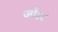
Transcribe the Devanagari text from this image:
जो१८